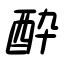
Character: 酔